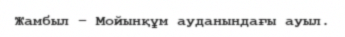
Жамбыл – Мойынқұм ауданындағы ауыл.